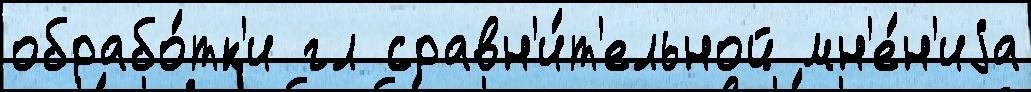
обрабо́тк'и гл сравн'и́т'ельной мн'е́н'иjа